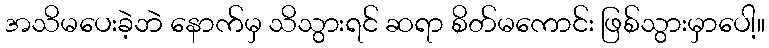
အသိမပေးခဲ့ဘဲ နောက်မှ သိသွားရင် ဆရာ စိတ်မကောင်း ဖြစ်သွားမှာပေါ့။